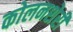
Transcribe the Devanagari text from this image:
कोलनशेरी